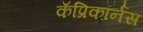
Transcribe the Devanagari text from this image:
कॅप्रिकॉर्नस